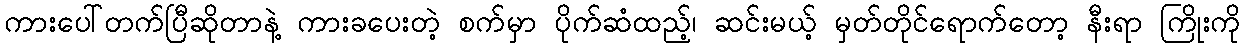
ကားပေါ်တက်ပြီဆိုတာနဲ့ ကားခပေးတဲ့ စက်မှာ ပိုက်ဆံထည့်၊ ဆင်းမယ့် မှတ်တိုင်ရောက်တော့ နီးရာ ကြိုးကို